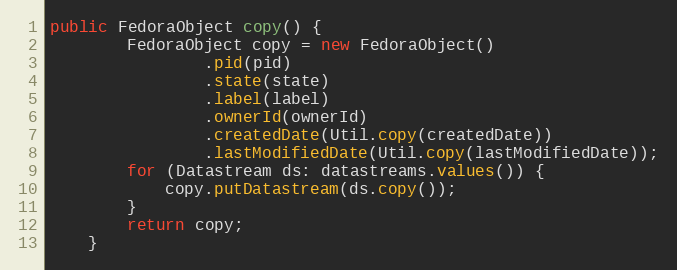
Language: Java
public FedoraObject copy() {
        FedoraObject copy = new FedoraObject()
                .pid(pid)
                .state(state)
                .label(label)
                .ownerId(ownerId)
                .createdDate(Util.copy(createdDate))
                .lastModifiedDate(Util.copy(lastModifiedDate));
        for (Datastream ds: datastreams.values()) {
            copy.putDatastream(ds.copy());
        }
        return copy;
    }